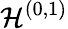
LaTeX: {\cal H}^{(0,1)}